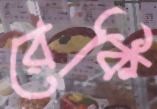
রেকি